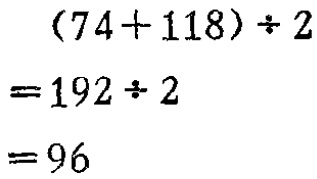
\[

\begin{align*}

(74 + 118)\div2&=192\div2\\

&=96

\end{align*}

\]